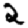
Digit: 2